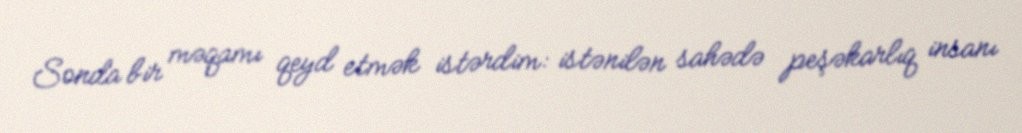
Sonda bir məqamı qeyd etmək istərdim: istənilən sahədə peşəkarlıq insanı